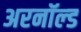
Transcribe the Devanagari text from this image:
अरनॉल्‍ड